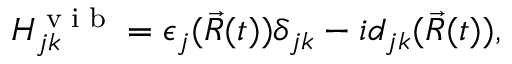
H _ { j k } ^ { \scriptsize { \mathrm { ~ v ~ i ~ b ~ } } } = \epsilon _ { j } ( \vec { R } ( t ) ) \delta _ { j k } - i d _ { j k } ( \vec { R } ( t ) ) ,